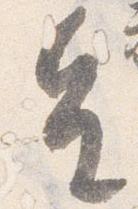
皇